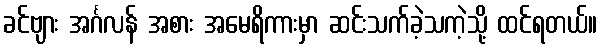
ခင်ဗျား အင်္ဂလန် အစား အမေရိကားမှာ ဆင်းသက်ခဲ့သကဲ့သို့ ထင်ရတယ်။